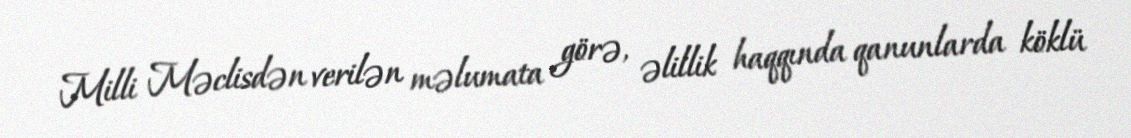
Milli Məclisdən verilən məlumata görə, əlillik haqqında qanunlarda köklü